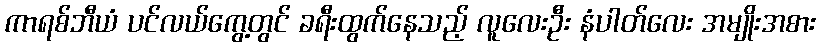
ကာရစ်ဘီယံ ပင်လယ်ကွေ့တွင် ခရီးထွက်နေသည့် လူလေးဦး နံပါတ်လေး အမျိုးအစား